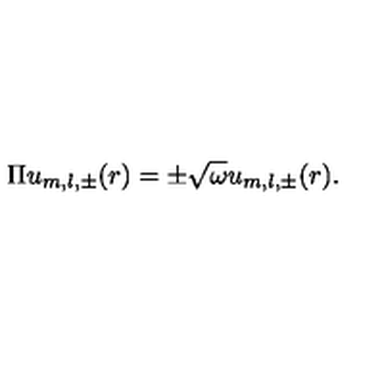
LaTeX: \Pi u _ { m , l , \pm } ( r ) = \pm \sqrt { \omega } u _ { m , l , \pm } ( r ) .